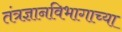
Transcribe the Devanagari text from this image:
तंत्रज्ञानविभागाच्या